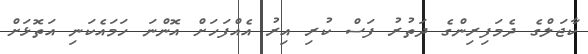
ކާޖަލްގެ ދެމަފިރިންގެ ދަތުރު ފަސް ކުރި އިރު އެއްފަހަށް އޮންނަ ހަމައެކަނި އަތޮޅަށް